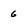
Character: 6